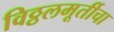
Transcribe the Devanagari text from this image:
विठ्ठलमूर्तीचा